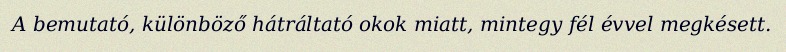
A bemutató, különböző hátráltató okok miatt, mintegy fél évvel megkésett.